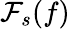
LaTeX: {\mathcal{F}}_{s}(f)